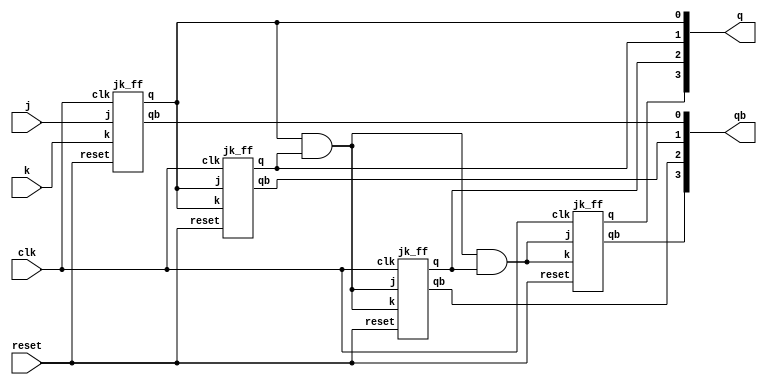

module updowncounter( reset,j,k,clk,q,qb);
  input reset,j,k,clk;
  output [3:0] q,qb;
  wire w0,w1,w2;
 
  jk_ff j1(reset,j,k,clk,q[0],qb[0]);
  and(w0,q[0],q[0]);
  jk_ff j2(reset,w0,w0,clk,q[1],qb[1]);
  and(w1,w0,q[1]);
  jk_ff j3(reset,w1,w1,clk,q[2],qb[2]);
  and(w2,w1,q[2]);
  jk_ff j4(reset,w2,w2,clk,q[3],qb[3]);
  
endmodule

module jk_ff(reset,j,k,clk,q,qb);
  input reset,j,k,clk;
  output reg q,qb;
  always@(posedge(clk))
    begin
      if(reset==1) begin
      q=1'b0;
      end
      else begin
      if((j==0)&&(k==0))
        begin
          q=q;
        end
      else if ((j==0)&&(k==1))
        begin
          q=1'b0;
        end
      else if ((j==1)&&(k==0))
        begin
          q=1'b1;
        end
      else if ((j==1)&&(k==1))
        begin
          q=~q;
        end
      end
      qb=~q;
    end
endmodule